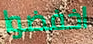
اخفضوا